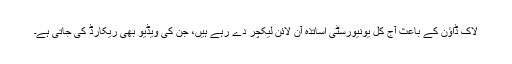
لاک ڈاﺅن کے باعث آج کل یونیورسٹی اساتذہ آن لائن لیکچر دے رہے ہیں، جن کی ویڈیو بھی ریکارڈ کی جاتی ہے۔